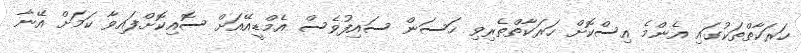
ހަރަކާތްތަކުގައި އެންމެ އިސްކޮށް ހަރަކާތްތެރިވި ހަސަން ސައިފުވެސް އެމްޑީއޭއަށް ސޮއިކޮށްފައިވާ ކަމަށް އޭނާ